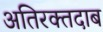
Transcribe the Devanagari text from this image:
अतिरक्तदाब